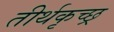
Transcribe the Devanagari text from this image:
तीर्थकृच्छ्र